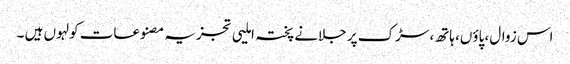
اس زوال، پاؤں، ہاتھ، سڑک پر جلانے پختہ املیی تجزیہ مصنوعات کولہوں ہیں ۔